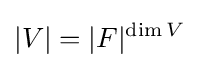
|V|=|F|^{\dim V}